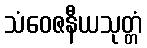
သံဝေဇနီယသုတ္တံ